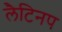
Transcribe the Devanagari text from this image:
लैटिनप